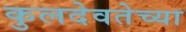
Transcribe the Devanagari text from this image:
कुलदेवतेच्या